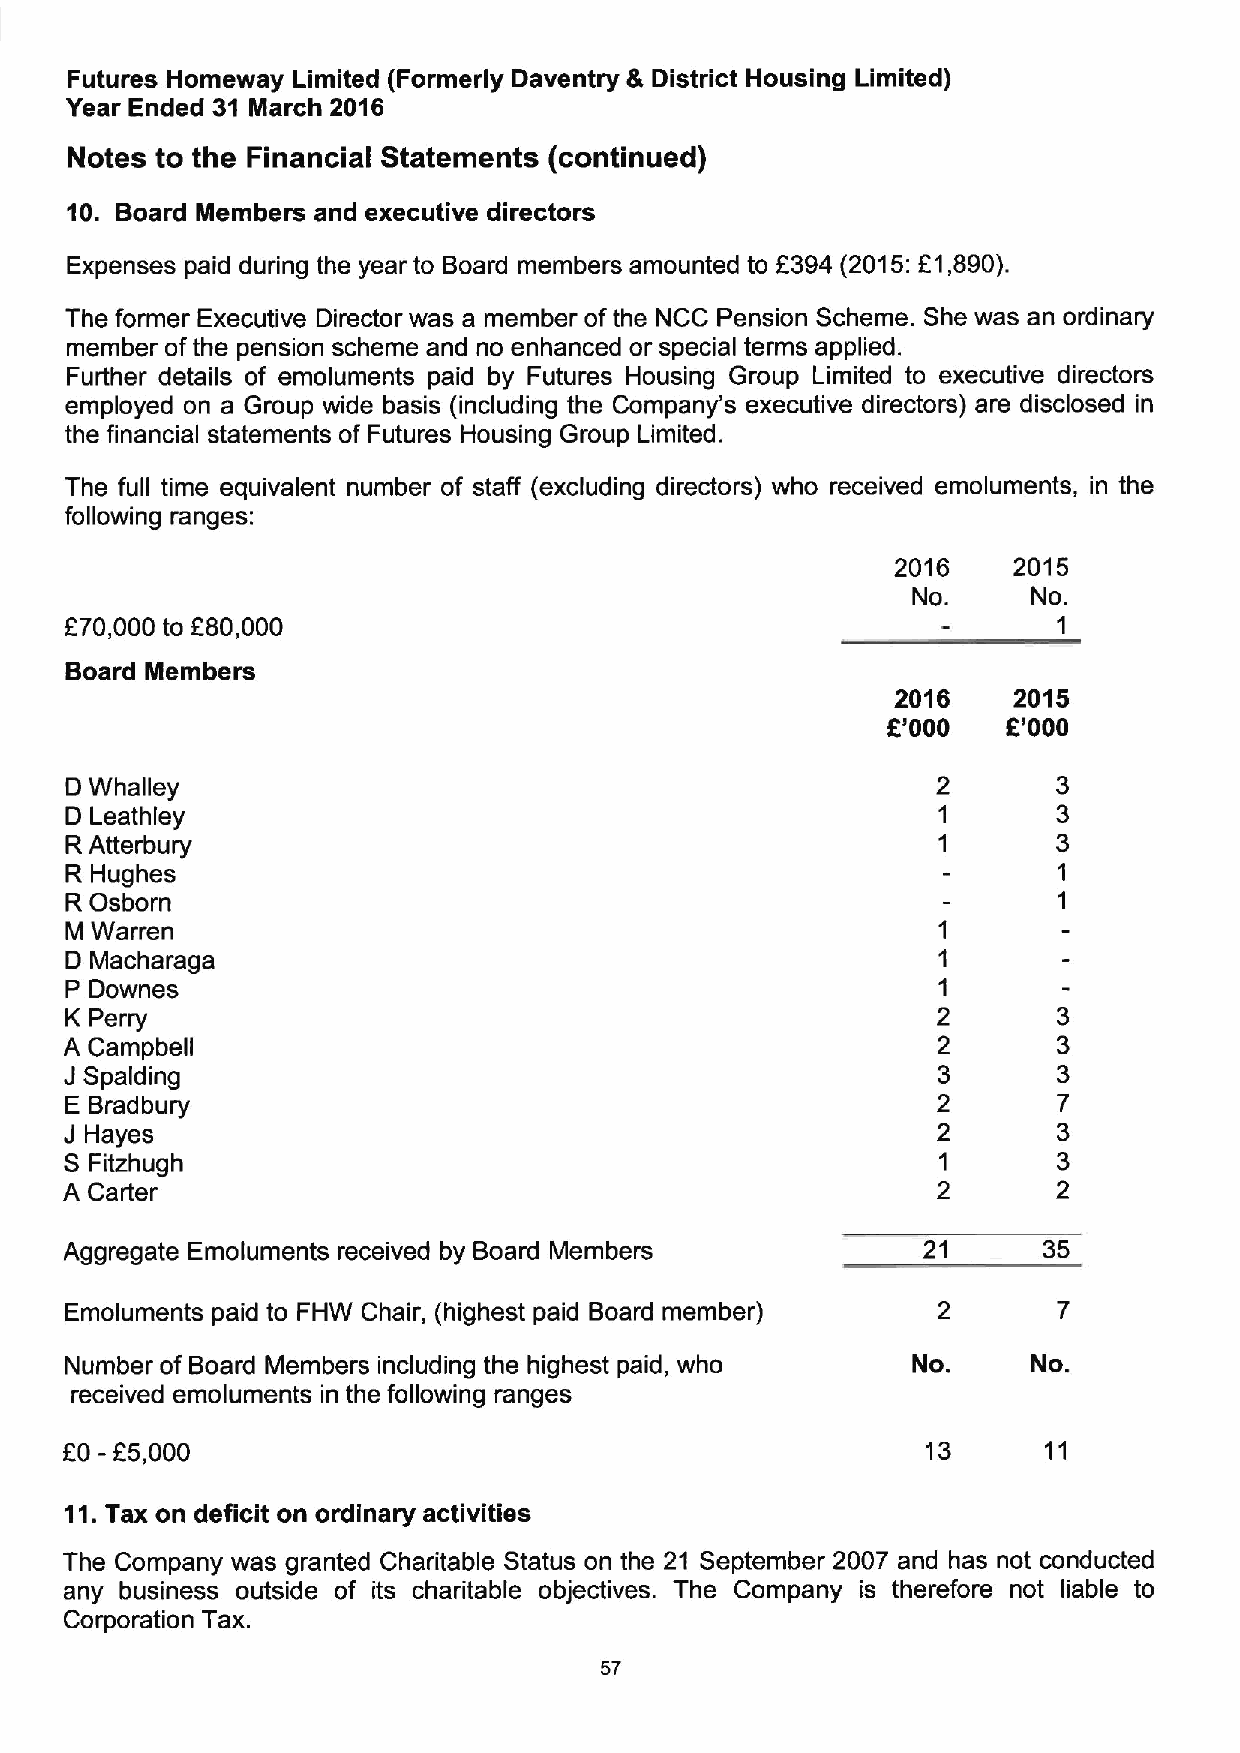
Futures Homeway Limited (Formerly Daventry 8 District Housing Limited)
 Year Ended 31 March 2016
 Notes to the Financial Statements (continued)
 10. Board Members and executive directors
 Expenses paid during the year to Board members amounted to f394 (2015:f1,890).
 The former Executive Director was a member ofthe NCC Pension Scheme. She was an ordinary
 member ofthe pension scheme and no enhanced or special terms applied.
 Further details of emoluments paid by Futures Housing Group Limited to executive directors
 employed on a Group wide basis (including the Company's executive directors) are disclosed in
 the financial statements of Futures Housing Group Limited.
 The full time equivalent number of staff (excluding directors) who received emoluments, in the
 following ranges:
 2016    2015
 No.     No.
 f        f
 70,000 to 80,000                                                 1
 Board Members
 2016    2015
 f       f
 '000    '000
 D Whalley
 D Leathley
 R Atterbury
 R Hughes
 R Osborn
 M Warren
 D Macharaga
 P Downes
 K Perry
 A Campbell
 J
 Spalding
 E Bradbury
 J Hayes
 S
 Fitzhugh
 A Carter
 Aggregate Emoluments received by Board Members           21      35
 Emoluments paid to FHW Chair, (highest paid Board member) 2       7
 Number of Board Members including the highest paid, who No.     No.
 received emoluments in the following ranges
 f0- f5,000                                               13      11
 11.Tax on deficit on ordinary activities
 The Company was granted Charitable Status on the 21 September 2007 and has not conducted
 any business outside of its charitable objectives. The Company is therefore not liable to
 Corporation Tax.